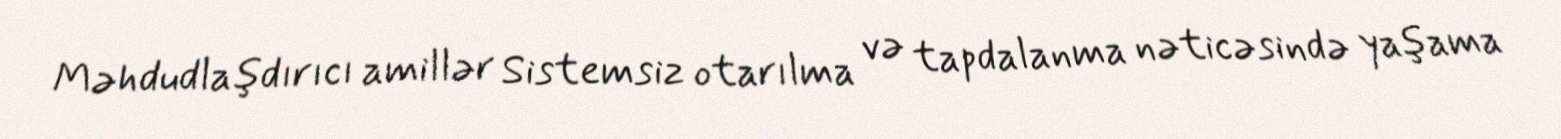
Məhdudlaşdırıcı amillər Sistemsiz otarılma və tapdalanma nəticəsində yaşama